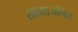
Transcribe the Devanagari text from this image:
खाद्याजनित